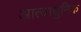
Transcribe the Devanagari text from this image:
आत्याधुनिक